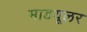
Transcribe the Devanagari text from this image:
माडयूलर